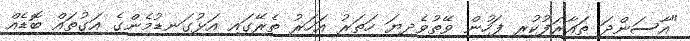
"އާސަންދަ ތައާރަފުކުރި ފަހުން ވޭތުވެދިޔަ ހަތަރު އަހަރު ތެރޭގައި އަޅުގަނޑުމެންގެ އަގުތައް ބޮޑެއް